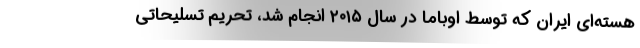
هسته‌ای ایران که توسط اوباما در سال ۲۰۱۵ انجام شد، تحریم تسلیحاتی